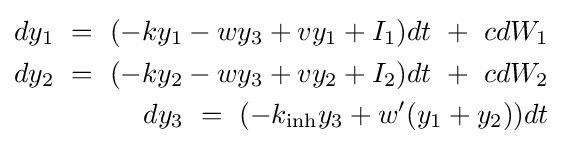
{\begin{aligned}dy_{\text{1}}\ =\ (-ky_{\text{1}}-wy_{\text{3}}+vy_{\text{1}}+I_{\text{1}})dt\ +\ cdW_{\text{1}}\\dy_{\text{2}}\ =\ (-ky_{\text{2}}-wy_{\text{3}}+vy_{\text{2}}+I_{\text{2}})dt\ +\ cdW_{\text{2}}\\dy_{\text{3}}\ =\ (-k_{\text{inh}}y_{\text{3}}+w'(y_{\text{1}}+y_{\text{2}}))dt\end{aligned}}